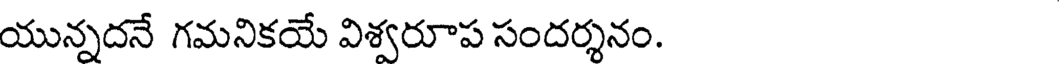
యున్నదనే గమనికయే విశ్వరూప సందర్శనం.